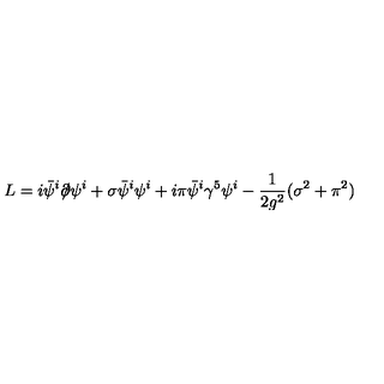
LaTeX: L = i \bar { \psi } ^ { i } { \partial \! \! \! / } \psi ^ { i } + \sigma \bar { \psi } ^ { i } \psi ^ { i } + i \pi \bar { \psi } ^ { i } \gamma ^ { 5 } \psi ^ { i } - \frac { 1 } { 2 g ^ { 2 } } ( \sigma ^ { 2 } + \pi ^ { 2 } )